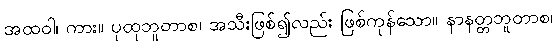
အထဝါ၊ ကား။ ပုထုဘူတာစ၊ အသီးဖြစ်၍လည်း ဖြစ်ကုန်သော။ နာနတ္တဘူတာစ၊